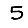
Digit: 5